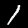
Label: 1